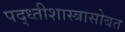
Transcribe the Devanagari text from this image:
पद्ध्तीशास्त्रासोबत